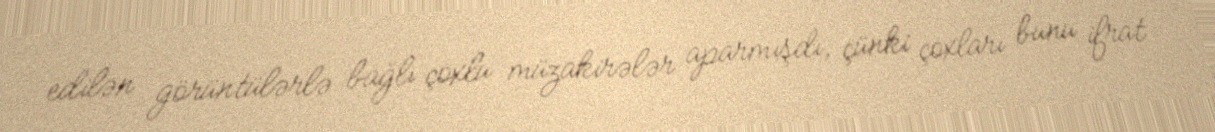
edilən görüntülərlə bağlı çoxlu müzakirələr aparmışdı, çünki çoxları bunu ifrat